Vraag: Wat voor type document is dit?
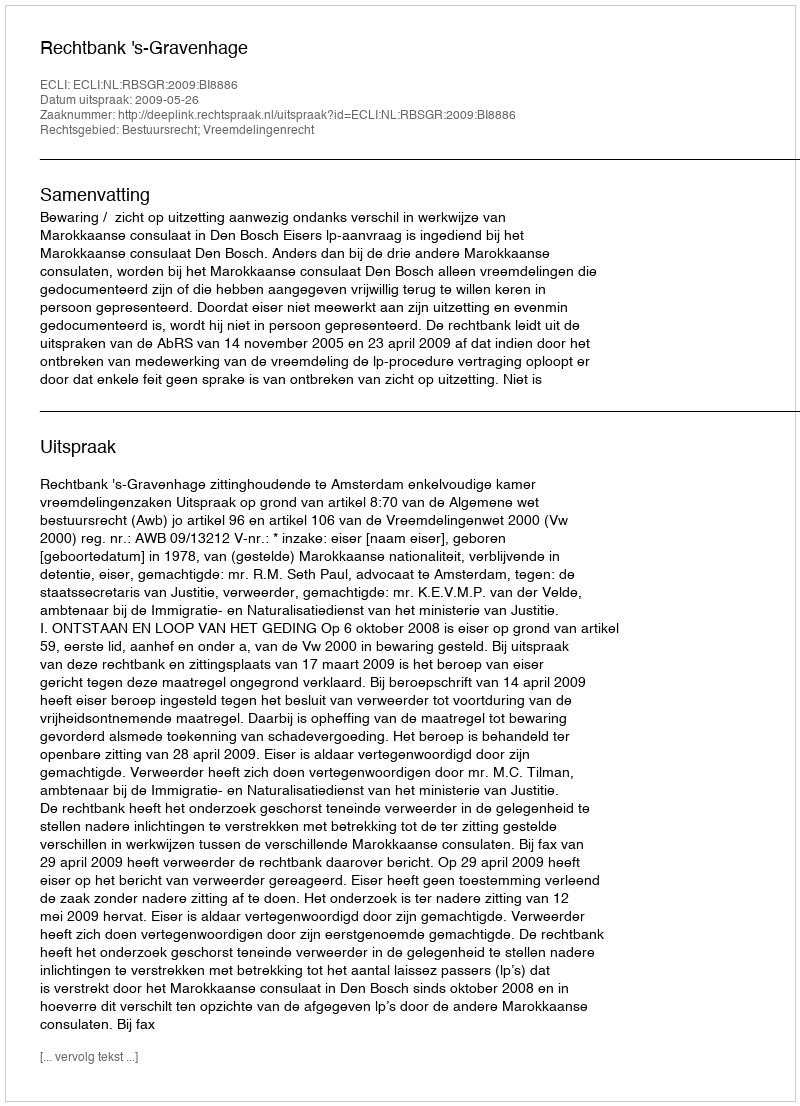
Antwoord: Uitspraak